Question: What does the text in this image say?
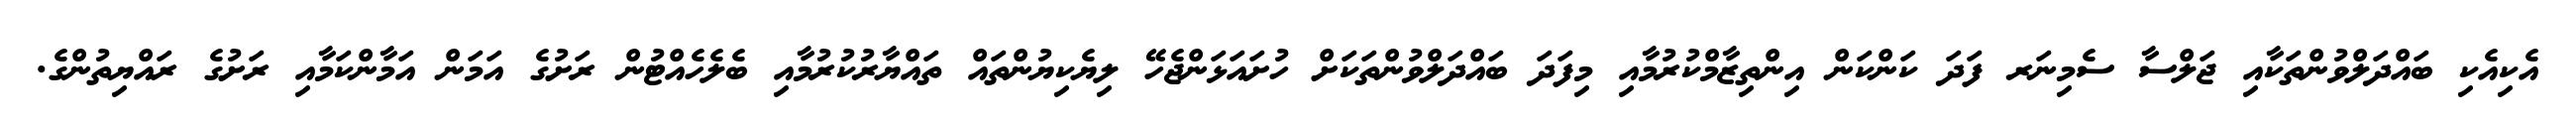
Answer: އެކިއެކި ބައްދަލްވުންތަކާއި ޖަލްސާ ސެމިނަރ ފަދަ ކަންކަން އިންތިޒާމްކުރުމާއި މިފަދަ ބައްދަލްވުންތަކަށް ހުށައަޅަންޖެހޭ ލިޔެކިޔުންތައް ތައްޔާރުކުރުމާއި ބެލެހެއްޓުން ރަށުގެ އަމަން އަމާންކަމާއި ރަށުގެ ރައްޔިތުންގެ.